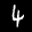
Label: 4